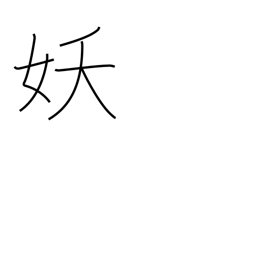
Meaning: bewitching